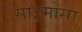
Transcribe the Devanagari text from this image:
साइमोसा